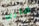
شاربي